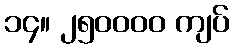
၁၄။ ၂၅၀၀၀၀ ကျပ်